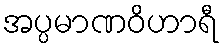
အပ္ပမာဏဝိဟာရီ